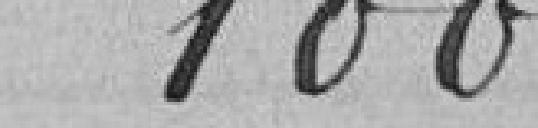
1 000 francs